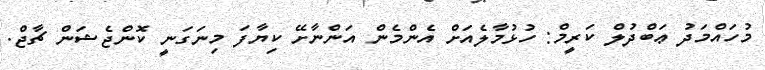
މުހައްމަދު ޢަބްދުލް ކަރީމް: ހުޅުމާލެއަށް އެންމެން އަންނާށޭ ކިޔާފަ މިނަގަނީ ކޮންޖެޝަން ޗާޖް.